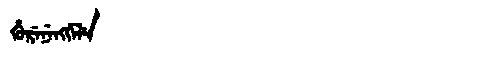
Manchu: ᡥᡠᡵᡝᠨᡝᠩᡤᡝᠯᡝ
Romanization: HURENENGGELE